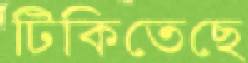
টিকিতেছে